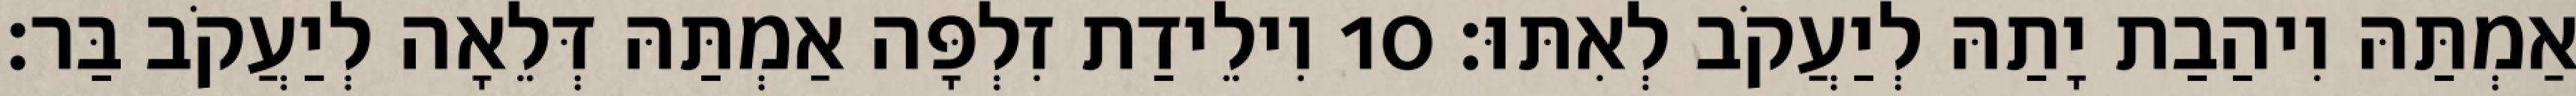
אַמְתַּהּ וִיהַבַת יָתַהּ לְיַעֲקֹב לְאִתּוּ׃ 10 וִילֵידַת זִלְפָּה אַמְתַּהּ דְּלֵאָה לְיַעֲקֹב בַּר׃